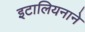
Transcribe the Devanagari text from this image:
इटालियनाने